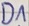
Text: D1